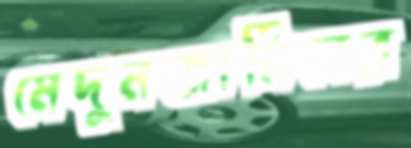
মেদুনজানিনের